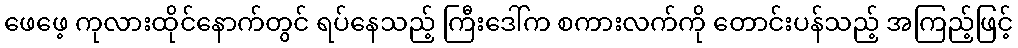
ဖေဖေ့ ကုလားထိုင်နောက်တွင် ရပ်နေသည့် ကြီးဒေါ်က စကားလက်ကို တောင်းပန်သည့် အကြည့်ဖြင့်